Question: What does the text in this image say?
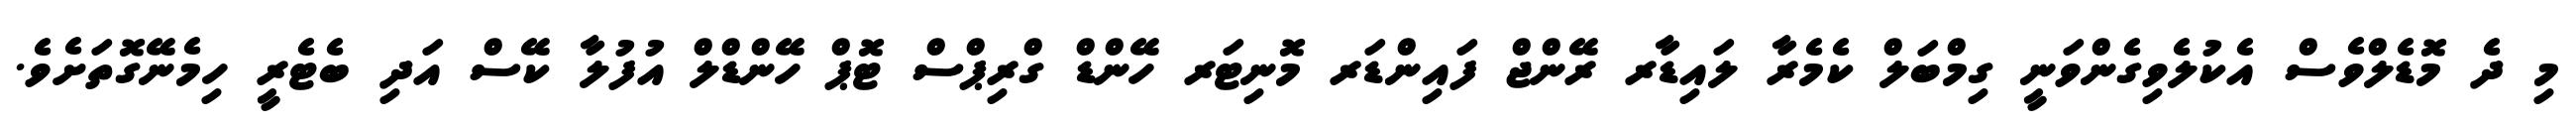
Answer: މި ދެ މޮޑެލްވެސް އެކުލެވިގެންވަނީ ގިމްބަލް ކެމެރާ ލައިޑާރ ރޭންޖް ފައިންޑަރ މޮނިޓަރ ހޭންޑް ގްރިޕްސް ޓޮޕް ހޭންޑްލް އުފުލާ ކޭސް އަދި ބެޓެރީ ހިމެނޭގޮތަށެވެ.